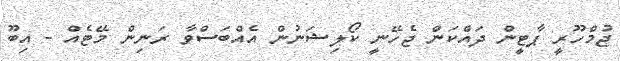
ޖުމްހޫރީ ޕާޓީން ދައްކަން ޖެހޭނީ ކޯލިޝަނުން އެއްބަސްވާ ރަނިން މޭޓެއް - އިބޫ